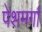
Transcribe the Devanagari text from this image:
पेशमर्गा